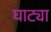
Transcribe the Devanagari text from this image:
घाट्या